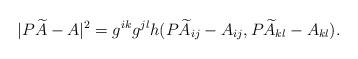
LaTeX: \begin{align*} |P\widetilde A - A|^2= g^{ik} g^{jl} h( P\widetilde A_{ij} -A_{ij}, P\widetilde A_{kl} - A_{kl}).\end{align*}